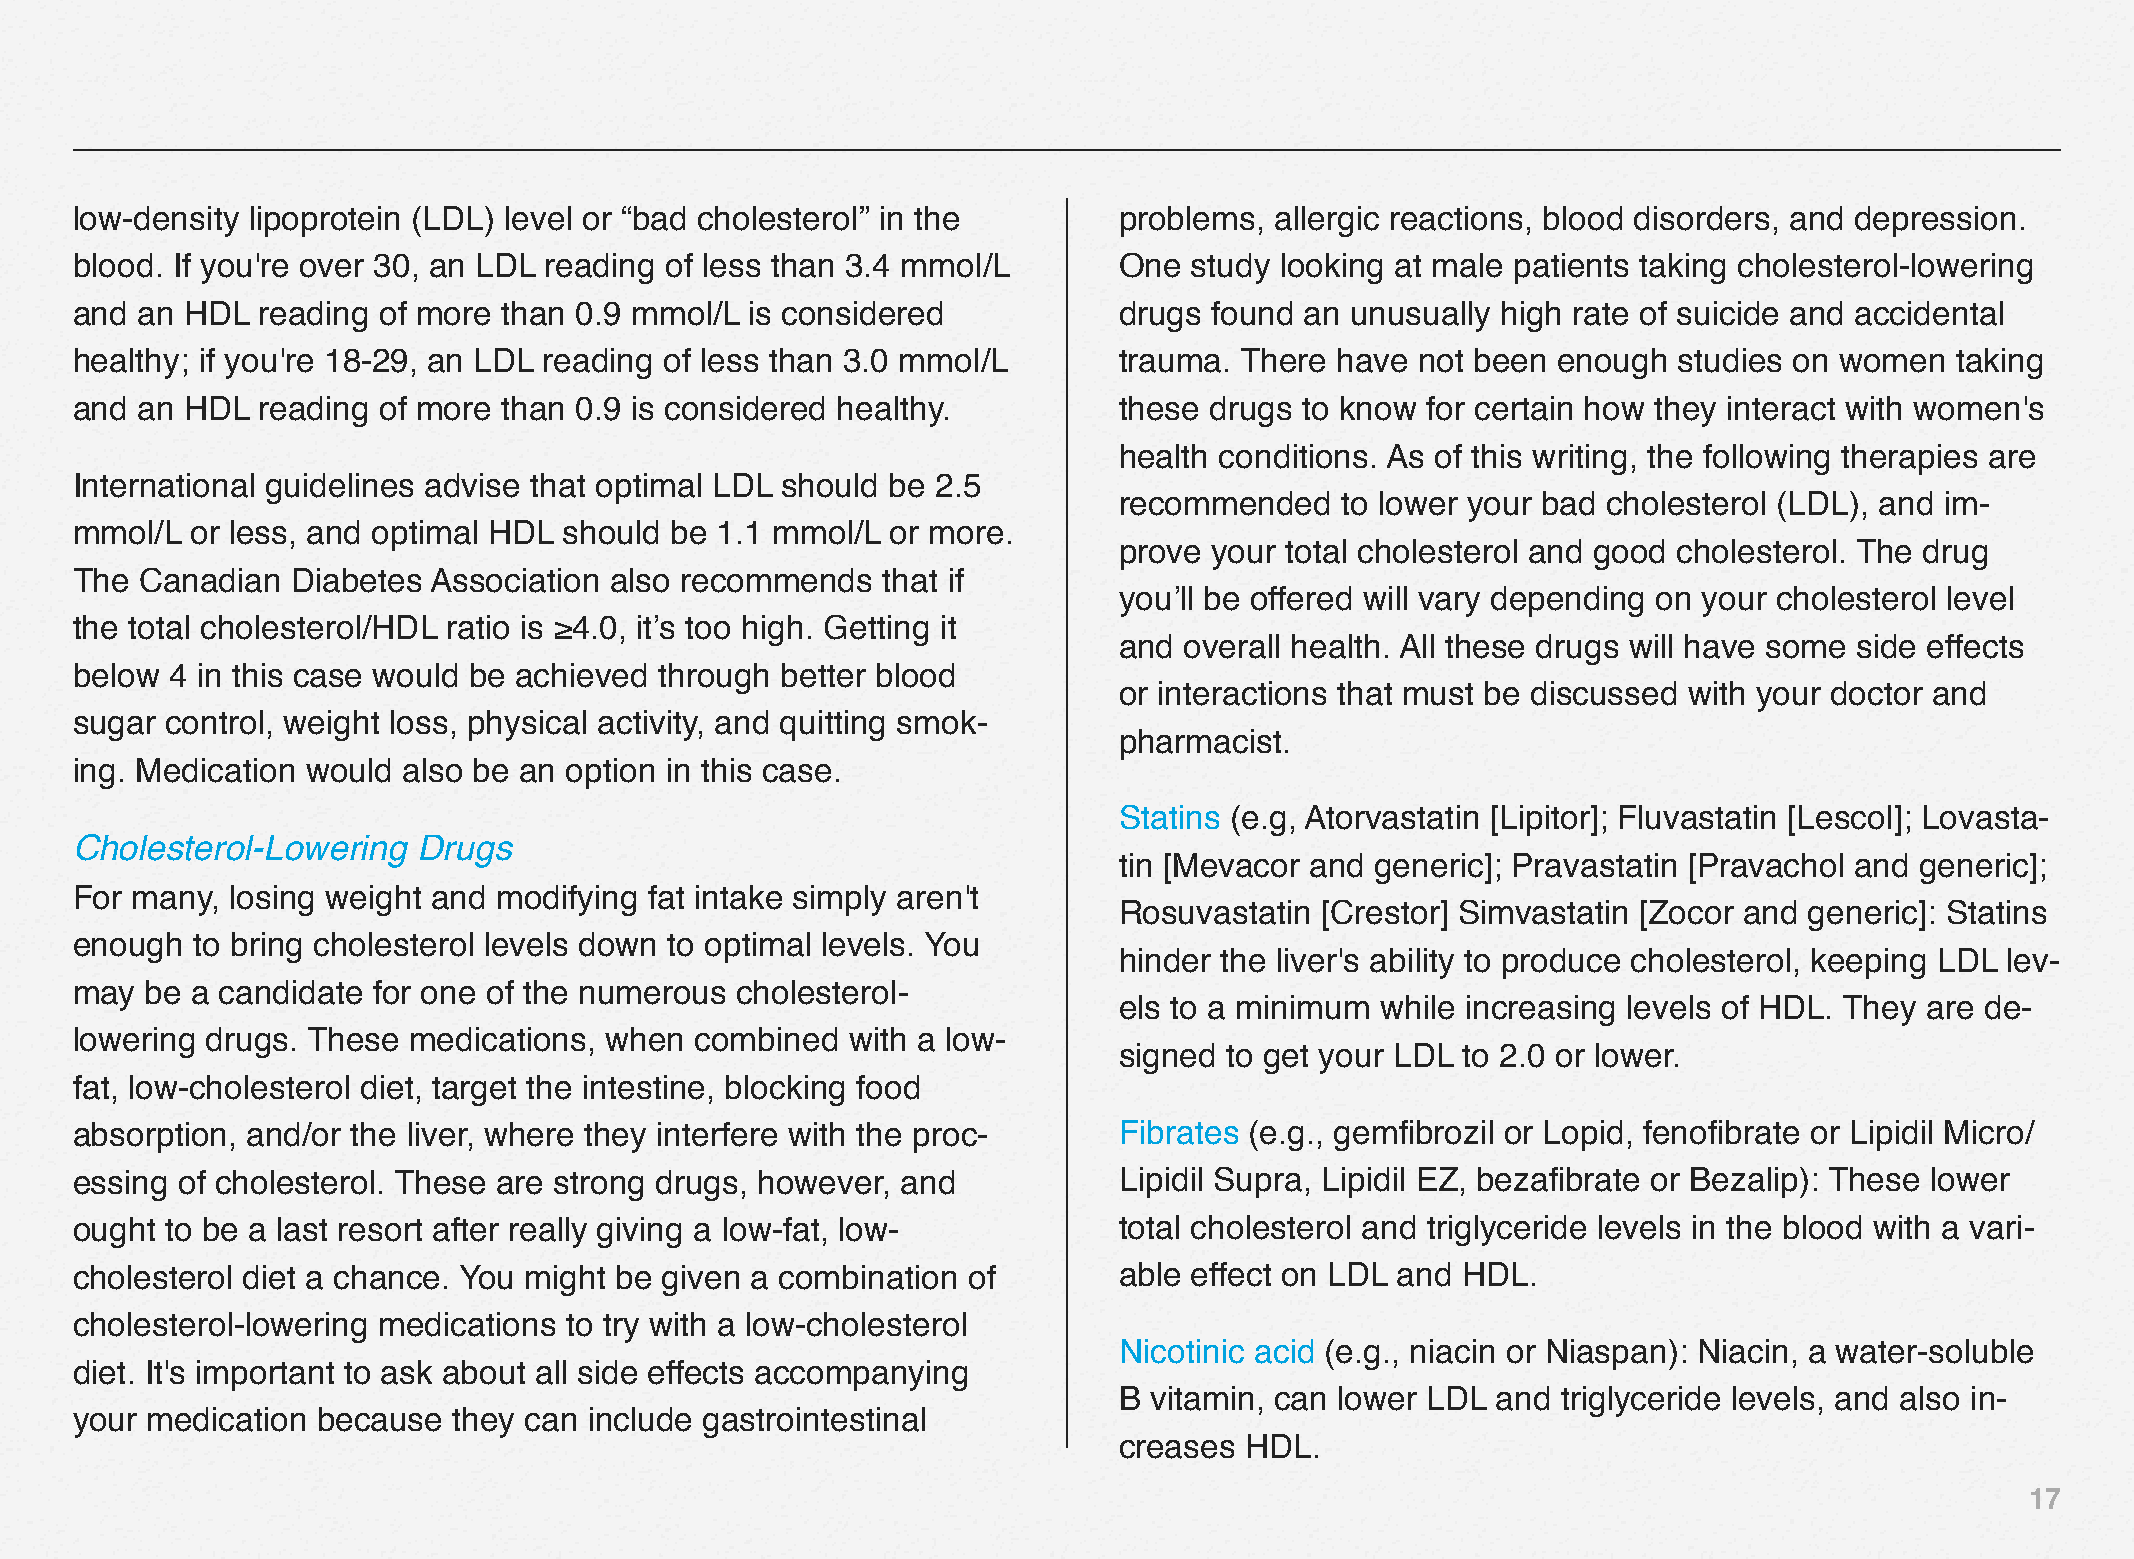
low-density lipoprotein (LDL) level or “bad cholesterol” in the      problems, allergic reactions, blood disorders, and depression.
 blood. If you're over 30, an LDL reading of less than 3.4 mmol/L     One  study looking at male patients taking cholesterol-lowering
 and an HDL  reading of more than 0.9 mmol/L  is considered           drugs found an unusually high rate of suicide and accidental
 healthy; if you're 18‒29, an LDL reading of less than 3.0 mmol/L     trauma. There  have not been enough  studies on women  taking
 and an HDL  reading of more than 0.9 is considered healthy.          these drugs to know for certain how they interact with women's
 health conditions. As of this writing, the following therapies are
 International guidelines advise that optimal LDL should be 2.5
 recommended    to lower your bad cholesterol (LDL), and im-
 mmol/L  or less, and optimal HDL should be 1.1 mmol/L or more.
 prove your total cholesterol and good cholesterol. The drug
 The Canadian  Diabetes  Association also recommends  that if
 you’ll be offered will vary depending on your cholesterol level
 the total cholesterol/HDL ratio is ≥4.0, it’s too high. Getting it
 and overall health. All these drugs will have some side effects
 below 4 in this case would be achieved through better blood
 or interactions that must be discussed with your doctor and
 sugar control, weight loss, physical activity, and quitting smok-
 pharmacist.
 ing. Medication would also be an option in this case.
 Statins (e.g, Atorvastatin [Lipitor]; Fluvastatin [Lescol]; Lovasta-
 Cholesterol-Lowering   Drugs
 tin [Mevacor and generic]; Pravastatin [Pravachol and generic];
 For many, losing weight and modifying fat intake simply aren't
 Rosuvastatin [Crestor] Simvastatin [Zocor and generic]: Statins
 enough  to bring cholesterol levels down to optimal levels. You
 hinder the liver's ability to produce cholesterol, keeping LDL lev-
 may  be a candidate for one of the numerous cholesterol-
 els to a minimum while increasing levels of HDL. They are de-
 lowering drugs. These medications, when  combined  with a low-
 signed to get your LDL to 2.0 or lower.
 fat, low-cholesterol diet, target the intestine, blocking food
 absorption, and/or the liver, where they interfere with the proc-    Fibrates (e.g., gemfibrozil or Lopid, fenofibrate or Lipidil Micro/
 essing of cholesterol. These are strong drugs, however, and          Lipidil Supra, Lipidil EZ, bezafibrate or Bezalip): These lower
 ought to be a last resort after really giving a low-fat, low-        total cholesterol and triglyceride levels in the blood with a vari-
 cholesterol diet a chance. You might be given a combination of       able effect on LDL and HDL.
 cholesterol-lowering medications to try with a low-cholesterol
 Nicotinic acid (e.g., niacin or Niaspan): Niacin, a water-soluble
 diet. It's important to ask about all side effects accompanying
 B vitamin, can lower LDL and triglyceride levels, and also in-
 your medication because  they can include gastrointestinal
 creases HDL.
 17